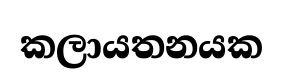
කලායතනයක